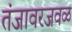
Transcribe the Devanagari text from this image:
तंजावरजवळ